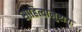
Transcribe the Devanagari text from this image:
साहित्यानुराग